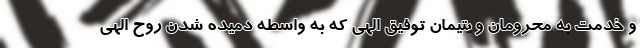
و خدمت به محرومان و یتیمان توفیق الهی که به واسطه دمیده شدن روح الهی